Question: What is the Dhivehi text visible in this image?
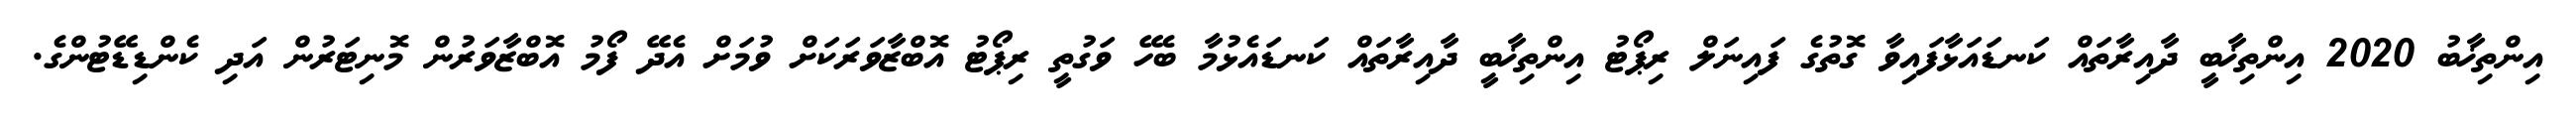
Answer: އިންތިޚާބު 2020 އިންތިޚާބީ ދާއިރާތައް ކަނޑައަޅާފައިވާ ގޮތުގެ ފައިނަލް ރިޕޯޓު އިންތިޚާބީ ދާއިރާތައް ކަނޑައެޅުމާ ބެހޭ ވަގުތީ ރިޕޯޓު އޮބްޒާވަރަކަށް ވުމަށް އެދޭ ފޯމު އޮބްޒާވަރުން މޮނިޓަރުން އަދި ކެންޑިޑޭޓުންގެ.